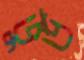
ভুড